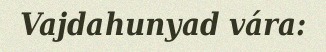
Vajdahunyad vára: